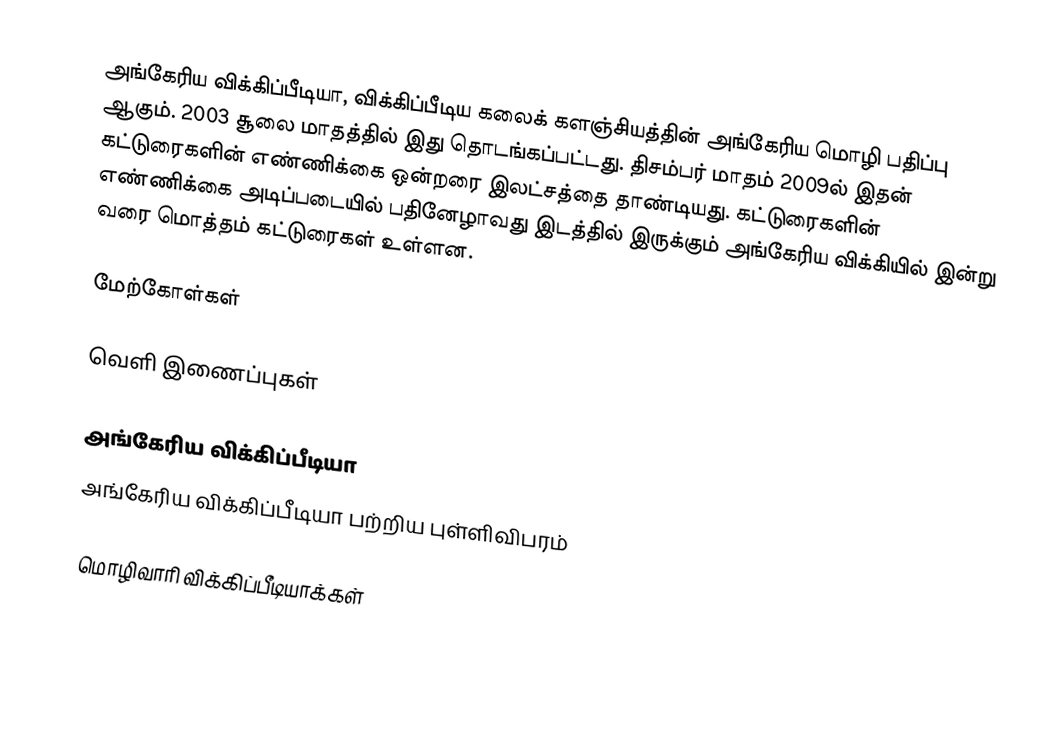
அங்கேரிய விக்கிப்பீடியா, விக்கிப்பீடிய கலைக் களஞ்சியத்தின் அங்கேரிய மொழி பதிப்பு ஆகும். 2003 சூலை மாதத்தில் இது தொடங்கப்பட்டது. திசம்பர் மாதம் 2009ல் இதன் கட்டுரைகளின் எண்ணிக்கை ஒன்றரை இலட்சத்தை தாண்டியது. கட்டுரைகளின் எண்ணிக்கை அடிப்படையில் பதினேழாவது இடத்தில் இருக்கும் அங்கேரிய விக்கியில் இன்று வரை மொத்தம் கட்டுரைகள் உள்ளன.

மேற்கோள்கள்

வெளி இணைப்புகள்

அங்கேரிய விக்கிப்பீடியா
அங்கேரிய விக்கிப்பீடியா பற்றிய புள்ளிவிபரம்

 மொழிவாரி விக்கிப்பீடியாக்கள்